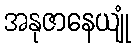
အနုဇာနေယျုံ